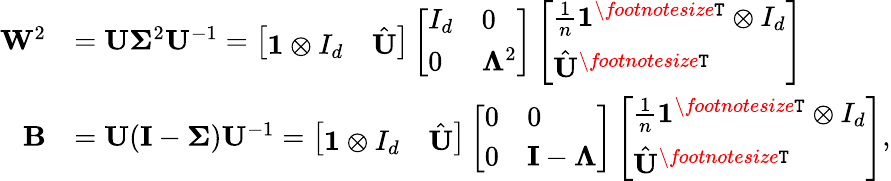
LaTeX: \begin{array}{rl}{{\mathbf{W}}^{2}}&{={\mathbf{U}}\mathbf{\Sigma}^{2}{\mathbf{U}}^{-1}=\left[\begin{array}{ll}{\mathbf{1}\otimes I_{d}}&{\hat{{\mathbf{U}}}}\end{array}\right]\left[\begin{array}{ll}{I_{d}}&{0}\\ {0}&{\mathbf{\Lambda}^{2}}\end{array}\right]\left[\begin{array}{l}{\frac{1}{n}\mathbf{1}^{\textit{\footnotesize\texttt{T}}}\otimes I_{d}}\\ {\hat{{\mathbf{U}}}^{\textit{\footnotesize\texttt{T}}}}\end{array}\right]}\\ {{\mathbf{B}}}&{={\mathbf{U}}({\mathbf{I}}-\mathbf{\Sigma}){\mathbf{U}}^{-1}=\left[\begin{array}{ll}{\mathbf{1}\otimes I_{d}}&{\hat{{\mathbf{U}}}}\end{array}\right]\left[\begin{array}{ll}{0}&{0}\\ {0}&{{\mathbf{I}}-\mathbf{\Lambda}}\end{array}\right]\left[\begin{array}{l}{\frac{1}{n}\mathbf{1}^{\textit{\footnotesize\texttt{T}}}\otimes I_{d}}\\ {\hat{{\mathbf{U}}}^{\textit{\footnotesize\texttt{T}}}}\end{array}\right],}\end{array}